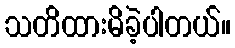
သတိထားမိခဲ့ပါတယ်။